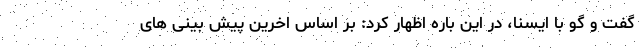
گفت و گو با ایسنا، در این باره اظهار کرد: بر اساس اخرین پیش بینی های